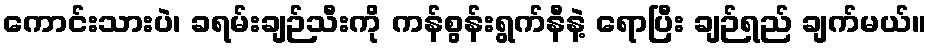
ကောင်းသားပဲ၊ ခရမ်းချဉ်သီးကို ကန်စွန်းရွက်နီနဲ့ ရောပြီး ချဉ်ရည် ချက်မယ်။